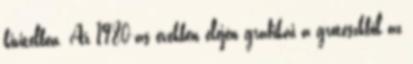
kivitelben. Az 1980-as években elején grafikái a groteszkből az